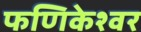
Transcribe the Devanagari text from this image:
फणिकेश्वर